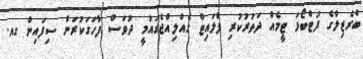
ބްރެޒިލްގެ ފުޓްބޯޅަ ޓީމެއް ދަތުރުކުރި ފްލައިޓް ގެއްލިއްޖެގައުމީ ދުވަސް ފާހަގަކުރަން ސިފައިން ގއ.